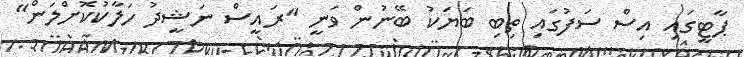
ޕާޓީގައި އިސް ސަފުގައި ތިބި ބަޔަކު ބޭނުން ވަނީ "ރައީސް ނަޝީދު ހަލާކުކޮށްލަން"